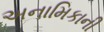
અનામિકાની